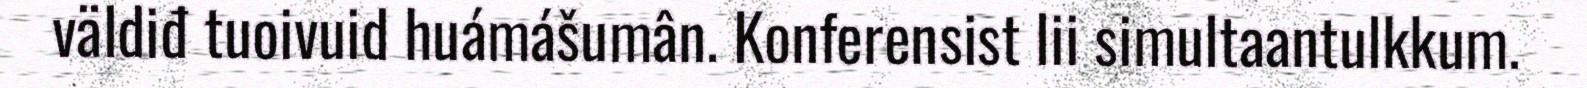
väldiđ tuoivuid huámášumân. Konferensist lii simultaantulkkum.